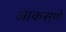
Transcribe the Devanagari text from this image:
आकसणे